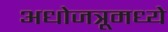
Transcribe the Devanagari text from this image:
अधोजत्रूमध्ये